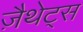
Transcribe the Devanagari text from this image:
ज़ैथेट्स